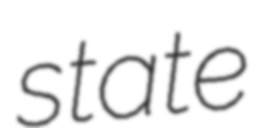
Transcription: state